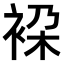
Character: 𧙤